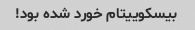
بیسکوییتام خورد شده بود!